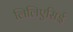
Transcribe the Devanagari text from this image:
लिलिएसिई